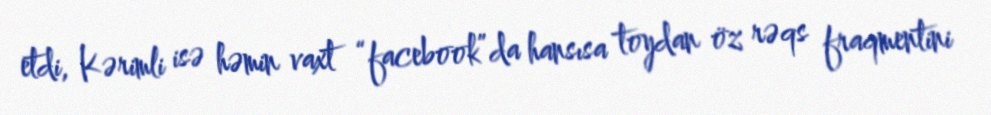
etdi, Kərimli isə həmin vaxt “facebook”da hansısa toydan öz rəqs fraqmentini